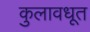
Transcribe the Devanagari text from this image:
कुलावधूत